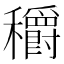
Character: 穱